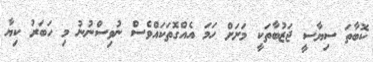
ކޮބާތަ ސިޔާސީ ޖަޒުބާތަކީ މަށަށް ހަމަ އެއްގޮތަކައްވެސް ނުވިސްނުނު މި ހަބަރު ކިޔާ